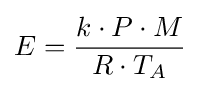
E={\frac {k\cdot P\cdot M}{R\cdot T_{A}}}